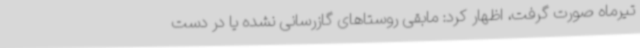
تیرماه صورت گرفت، اظهار کرد: مابقی روستاهای گازرسانی نشده یا در دست